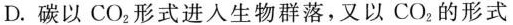
D.碳以CO_{2}形式进入生物群落，又以CO_{2}的形式